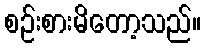
စဉ်းစားမိတော့သည်။